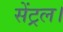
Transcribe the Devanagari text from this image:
सेंट्रल।